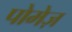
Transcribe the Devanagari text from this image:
पोमेज़